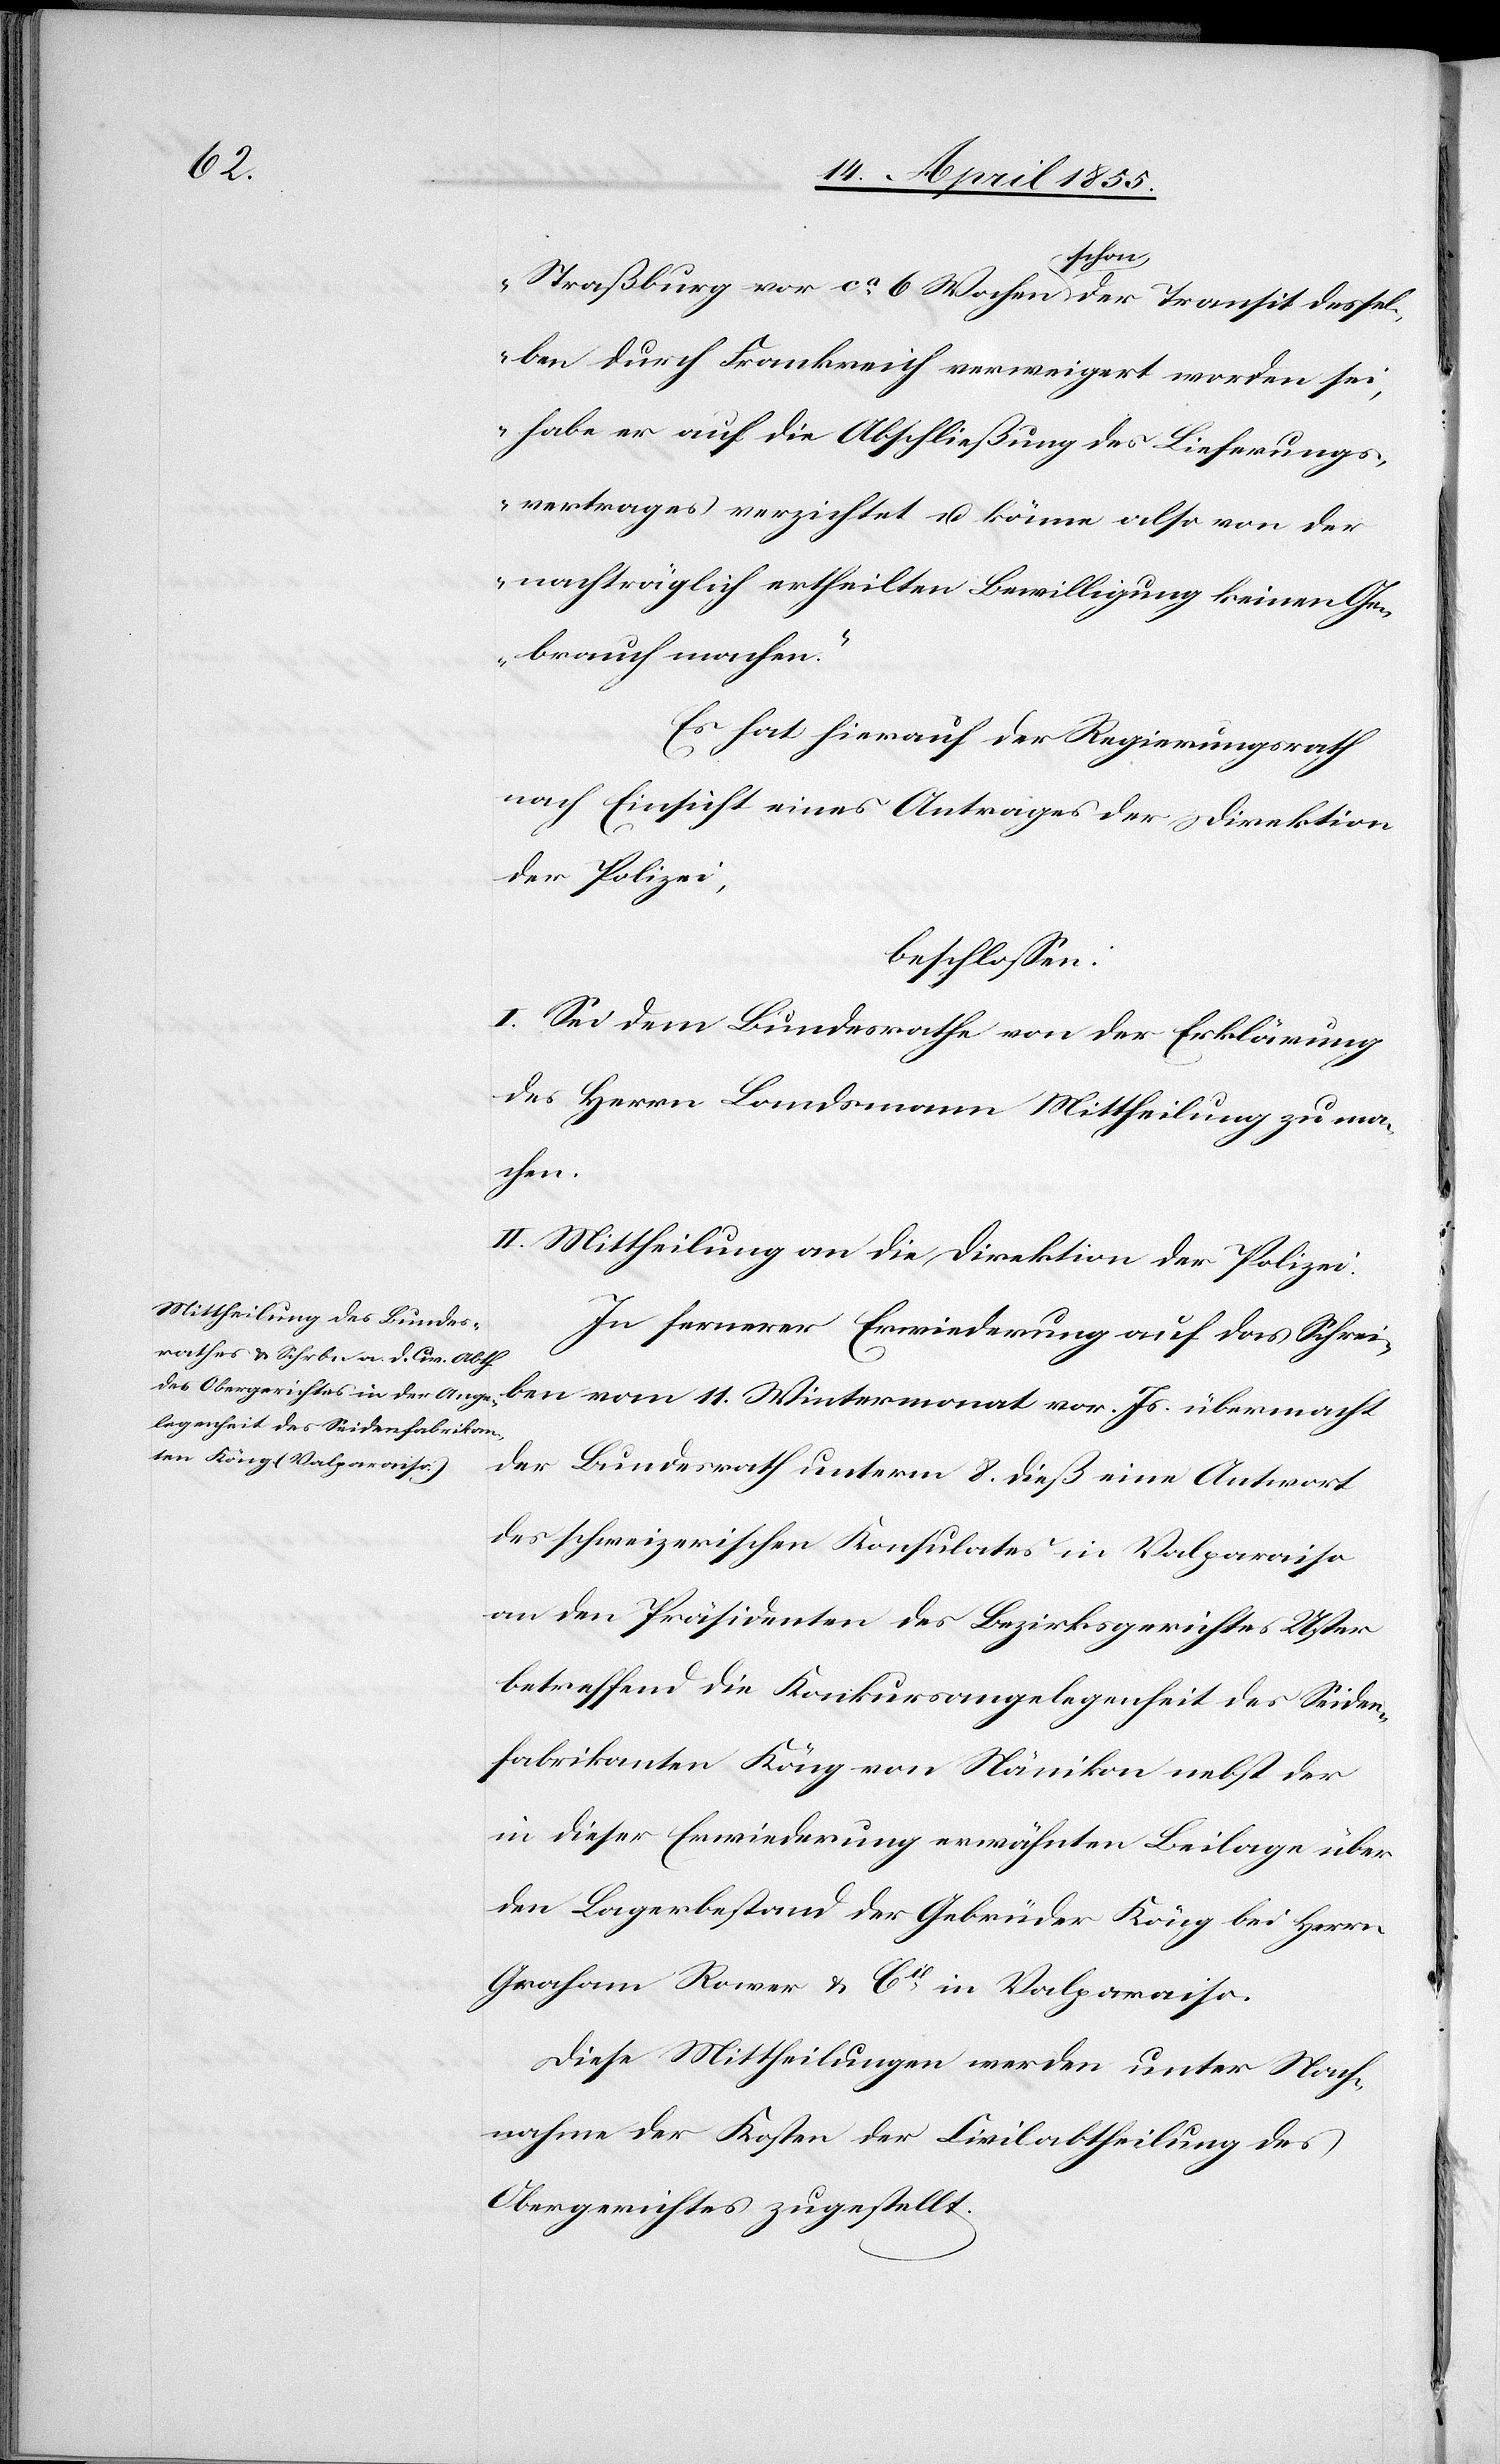
Straßburg vor ca 6. Wochen schon der Transit dessel¬
ben durch Frankreich verweigert worden sei,
habe er auf die Abschließung des Lieferungs¬
vertrages verzichtet u. könne also von der
nachträglich ertheilten Bewilligung keinen Ge¬
brauch machen.“
Es hat hierauf der Regierungsrath
nach Einsicht eines Antrages der Direktion
der Polizei,
beschlossen:
I. Sei dem Bundesrathe von der Erklärung
des Herrn Landsmann Mittheilung zu ma¬
chen.
II. Mittheilung an die Direktion der Polizei.
In fernerer Erwiederung auf das Schrei¬
ben vom 11. Wintermonat vor. Js. übermacht
der Bundesrath unterm 8. dieß eine Antwort
des schweizerischen Konsulates in Valparaiso
an den Präsidenten des Bezirksgerichtes Uster
betreffend die Konkursangelegenheit des Seiden¬
fabrikanten Köng von Nänikon nebst der
in dieser Erwiederung erwähnten Beilage über
den Lagerbestand der Gebrüder Köng bei Herrn
Graham Rower & Cie. in Valparaiso.
Diese Mittheilungen werden unter Nach¬
nahme der Kosten der Civilabtheilung des
Obergerichtes zugestellt.